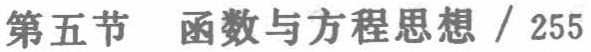
第五节 函数与方程思想 / 255